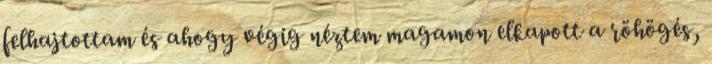
felhajtottam és ahogy végig néztem magamon elkapott a röhögés,